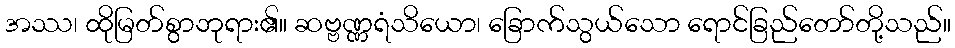
အဿ၊ ထိုမြတ်စွာဘုရား၏။ ဆဗ္ဗဏ္ဏရံသိယော၊ ခြောက်သွယ်သော ရောင်ခြည်တော်တို့သည်။